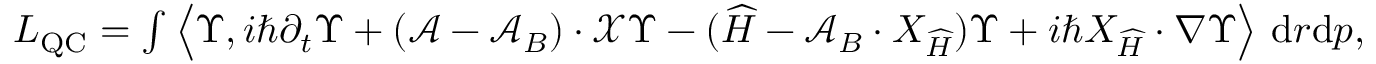
\begin{array} { r } { L _ { \operatorname { Q C } } = \int \left\langle \Upsilon , i \hbar \partial _ { t } \Upsilon + ( \mathcal { A } - \mathcal { A } _ { B } ) \cdot \mathcal { X } \Upsilon - ( { \widehat { H } } - \mathcal { A } _ { B } \cdot { { X } } _ { \widehat { H } } ) \Upsilon + i \hbar { { X } } _ { \widehat { H } } \cdot \nabla \Upsilon \right\rangle \, { \mathrm { d } } r { \mathrm { d } } p , } \end{array}